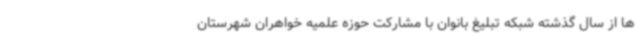
ها از سال گذشته شبکه تبلیغ بانوان با مشارکت حوزه علمیه خواهران شهرستان